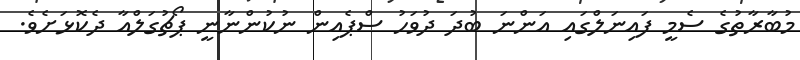
މުބާރާތުގެ ސެމީ ފައިނަލްގައި އަންނަ ބުދަ ދުވަހު ސްޕެއިން ނުކުންނާނީ ޕޯޗުގަލްއާ ދެކޮޅަށެވެ.